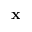
\mathbf { x }